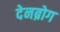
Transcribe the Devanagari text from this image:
देनब्रोग